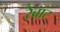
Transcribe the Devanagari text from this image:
रेब्रांट